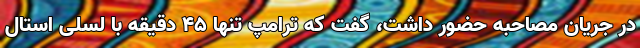
در جریان مصاحبه حضور داشت، گفت که ترامپ تنها ۴۵ دقیقه با لسلی استال